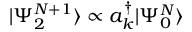
| \Psi _ { 2 } ^ { N + 1 } \rangle \propto a _ { k } ^ { \dagger } | \Psi _ { 0 } ^ { N } \rangle